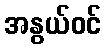
အနွယ်ဝင်